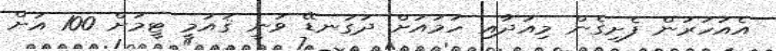
އެއަހަރުން ފެށިގެން މިއަދާއި ހަމައަށް ދަގަނޑޭ ވަނީ ޤައުމީ ޓީމަށް 100 އަށް